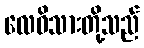
လေဝိသားတို့သည်